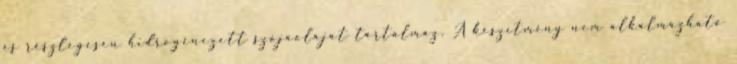
és részlegesen hidrogénezett szójaolajat tartalmaz. A készítmény nem alkalmazható